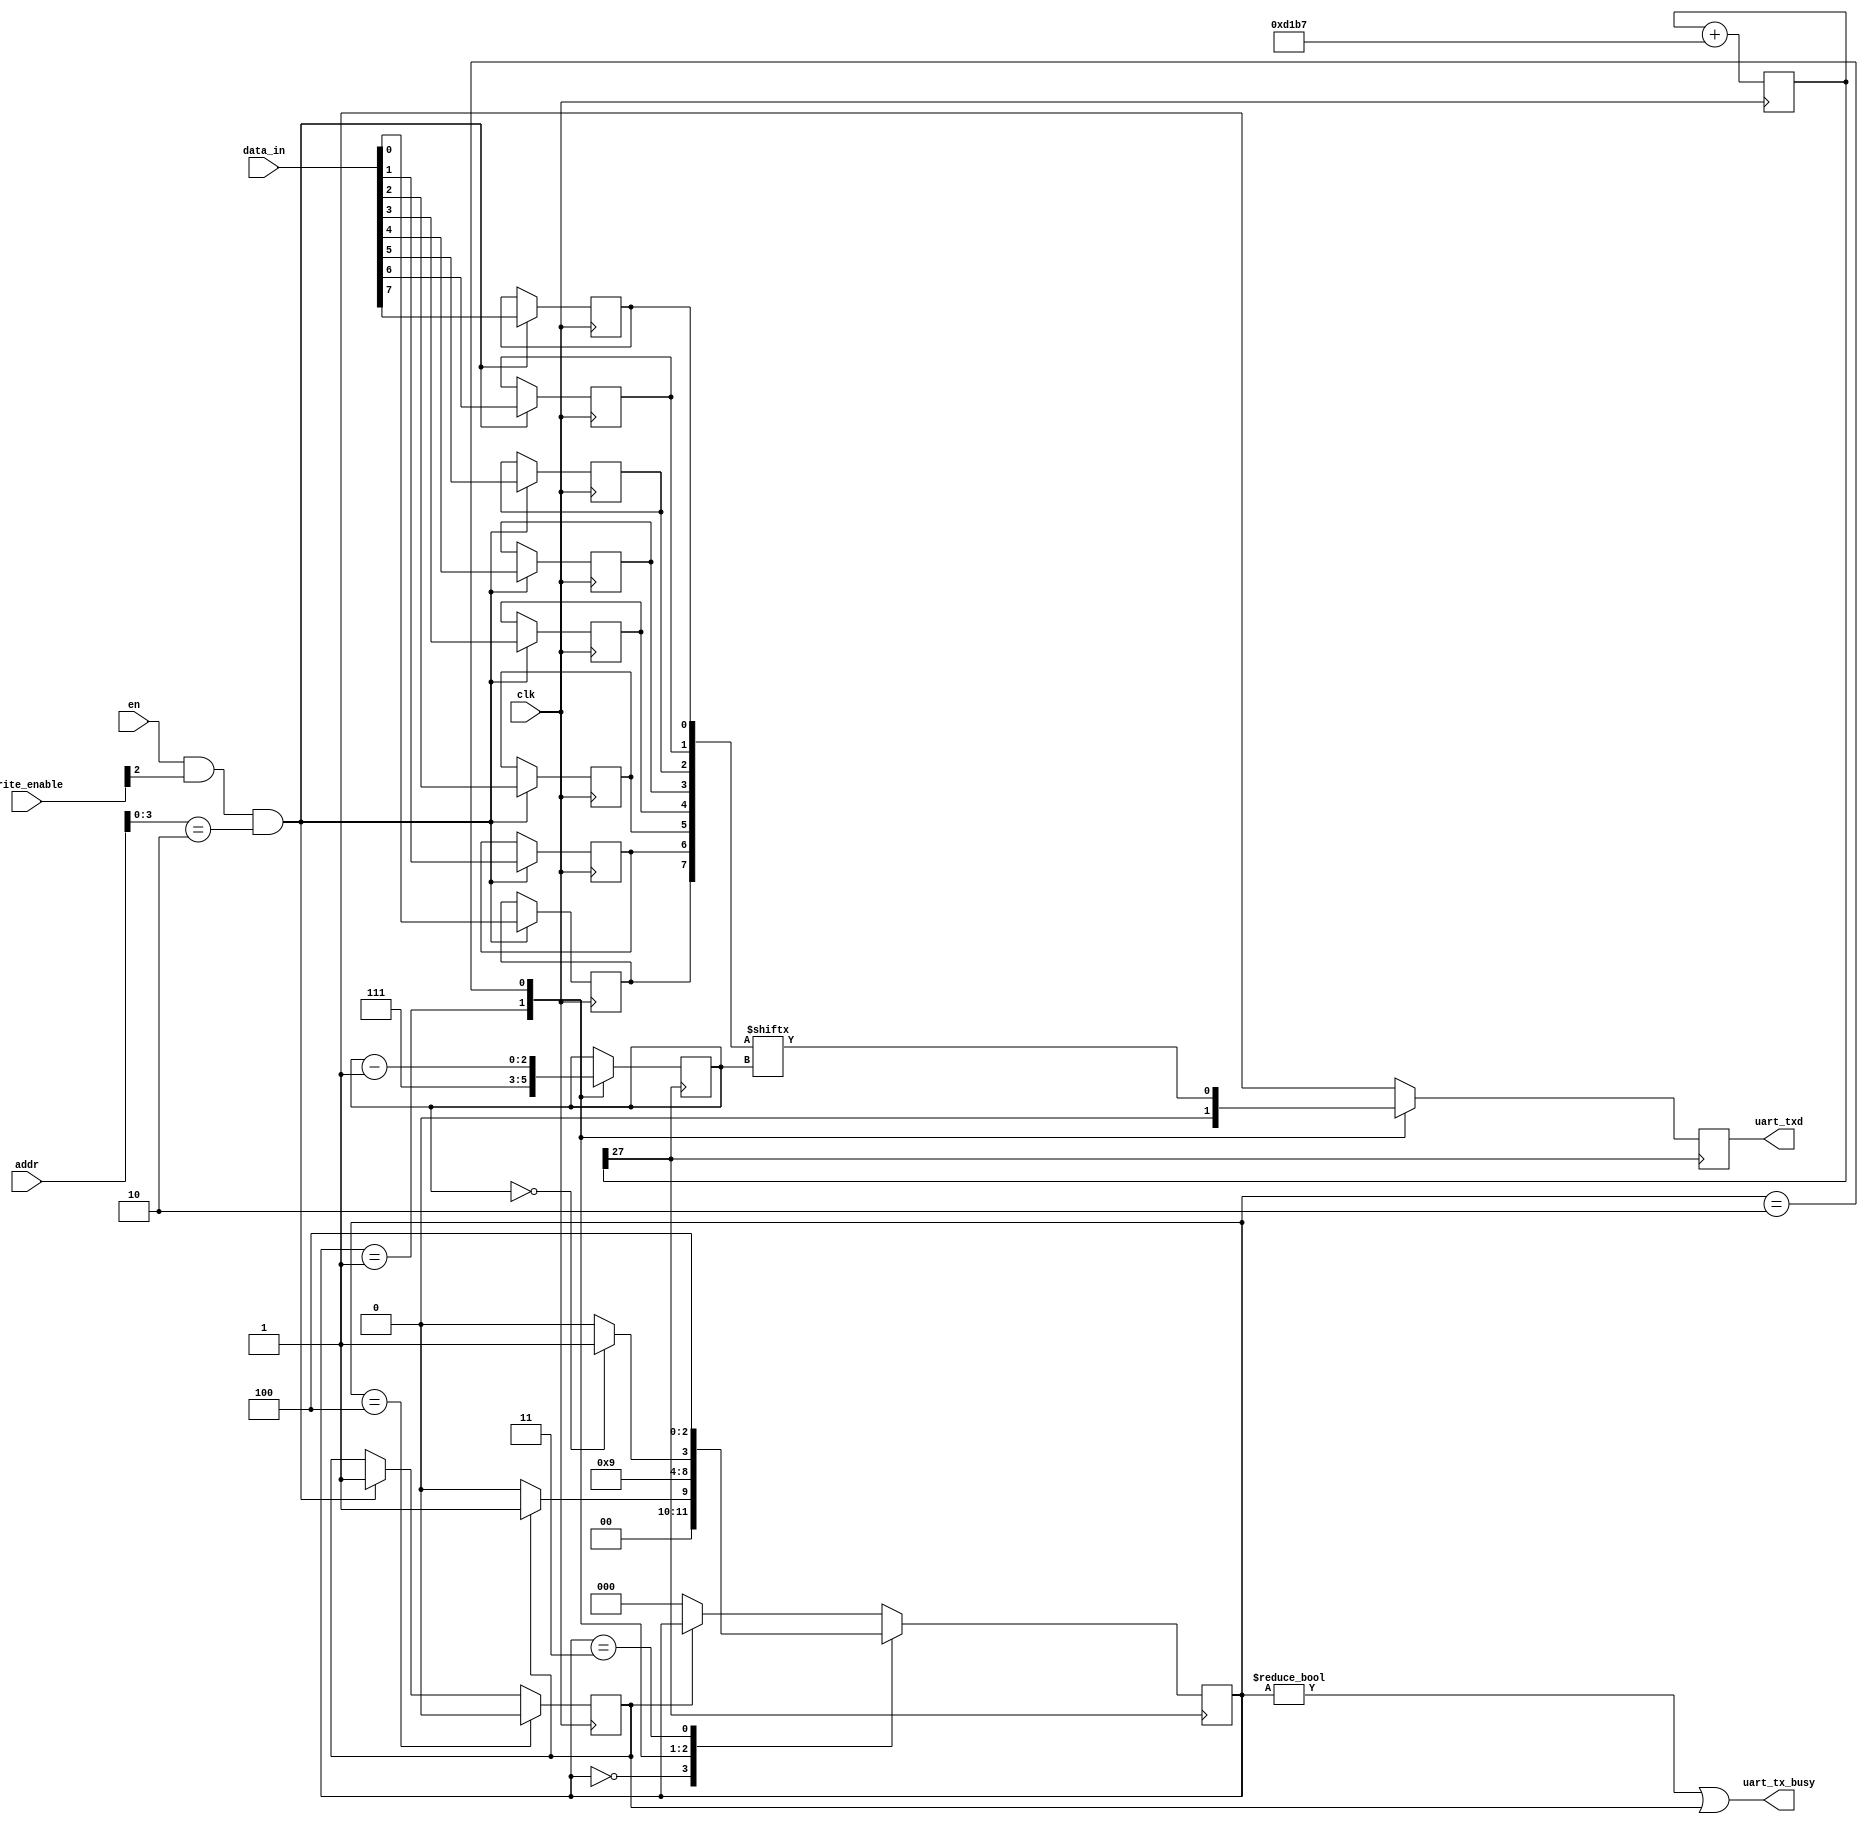
`define IDLE 3'd0
`define START_BIT 3'd1
`define DATA_BIT 3'd2
`define STOP_BIT 3'd3
`define DONE 3'd4

module uart (
  input wire clk,
  input wire en,
  input wire [2:0] write_enable,
  input wire [23:0] addr,
  input wire [31:0] data_in,
  output wire uart_txd,
  output wire uart_tx_busy
);
  reg [29:0] uart_cnt = 30'b0;
  always @(posedge clk) uart_cnt = uart_cnt + 53687;
  wire uart_clk = uart_cnt[27];
  reg signed [2:0] bits_left;
  reg tx_busy;
  reg [2:0] tx_state;
  reg [7:0] tx_data;
  reg tx_line = 1'b1;
  assign uart_txd = tx_line;
  assign uart_tx_busy = tx_state != `IDLE | tx_busy;

  initial begin
    tx_data = 8'b0;
    tx_busy = 1'b0;
    tx_state = `IDLE;
  end

  generate
    genvar j;
    for (j = 0; j < 8; j = j + 1)
      always @(posedge clk)
        if (en && write_enable[2] && addr[3:0] == 4'h2)
          tx_data[j] <= data_in[7 - j];
  endgenerate

  always @(posedge clk) begin
    if (en && write_enable[2] && addr[3:0] == 4'h2)
      tx_busy <= 1'b1;
    if (tx_state == `DONE)
      tx_busy <= 1'b0;
  end

  always @(posedge uart_clk) begin
    if (~tx_busy) tx_state <= `IDLE;
    case (tx_state)
      `IDLE: begin
        tx_line <= 1'b1;
        tx_state <= tx_busy ? `START_BIT : `IDLE;
      end
      `START_BIT: begin
        tx_line <= 1'b0;
        tx_state <= `DATA_BIT;
        bits_left <= 3'd7;
      end
      `DATA_BIT: begin
        tx_line <= tx_data[bits_left];
        tx_state <= bits_left == 3'b0 ? `STOP_BIT : `DATA_BIT;
        bits_left <= bits_left - 3'b1;
      end
      `STOP_BIT: begin
        tx_line <= 1'b1;
        tx_state <= `DONE;
      end
      default: tx_line <= 1'b1;
    endcase
  end
endmodule